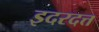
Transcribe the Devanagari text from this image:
इदरदत्त